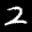
Label: 2